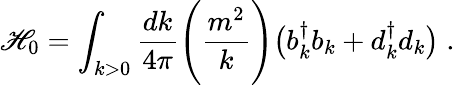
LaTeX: \mathscr{H}_{0}=\int_{k>0}{\frac{{dk}}{{4\pi}}}\Biggl({\frac{{m^{2}}}{{k}}}\Biggr)\bigl(b_{k}^{\dagger}b_{k}+d_{k}^{\dagger}d_{k}\bigr)\; .